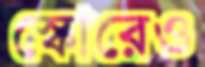
স্কোরেও